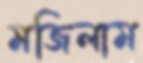
মজিলাম